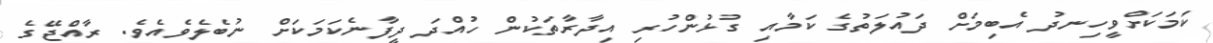
ކަމަކަށްވީހިނދު އެބިމަށް ދައުލަތުގެ ކަމާއި ގުޅުންހުރި އިދާރާތަކުން ހުއްދަ ދީފާނެކަމަކަށް ނުބެލެވެއެވެ. ރާއްޖޭގެ